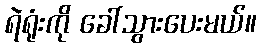
ရဲရုံးကို ခေါ်သွားပေးမယ်။